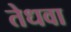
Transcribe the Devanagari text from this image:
तेधवा